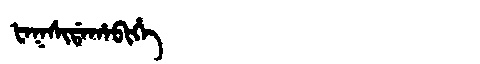
Manchu: ᡶᠠᡴᠰᡳᡩᠠᡥᠠᠪᡳᡥᡝ
Romanization: FAKSIDAHABIHE